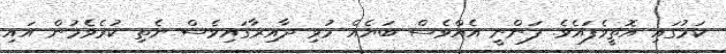
ކަމުގައި އޮތީވެފައެވެ. ފަންނީ އެއްވެސް ބަޔެއް މުޅި ދާއިރާގައިވެސް ނެތި ކުރެވެމުން އައި